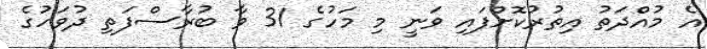
އެ މުއްދަތު އިތުރުކޮށްފައި ވަނީ މި މަހުގެ 31 ވާ ބުރާސްފަތި ދުވަހުގެ